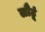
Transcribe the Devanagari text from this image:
लौंटूं